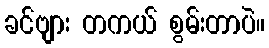
ခင်ဗျား တကယ် စွမ်းတာပဲ။